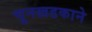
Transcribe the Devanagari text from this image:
चूनखडकाने